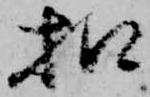
扣